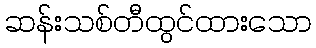
ဆန်းသစ်တီထွင်ထားသော